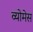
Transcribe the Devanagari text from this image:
व्योमेस